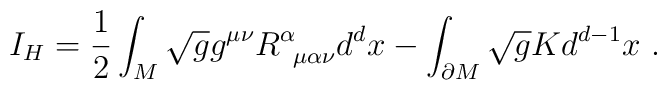
I_H = \frac{1}{2}\int_M \sqrt{g} g^{\mu \nu}R^{\alpha}_{\;\;\mu \alpha \nu}d^dx - \int_{\partial M} \sqrt{g}K d^{d-1}x \ .